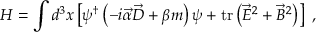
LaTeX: H = \int d ^ { 3 } x \left[ \psi ^ { \dagger } \left( - i \vec { \alpha } \vec { D } + \beta m \right) \psi + \mathrm { t r } \left( \vec { E } ^ { 2 } + \vec { B } ^ { 2 } \right) \right] \ ,